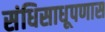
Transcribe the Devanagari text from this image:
संधिसाधूपणास